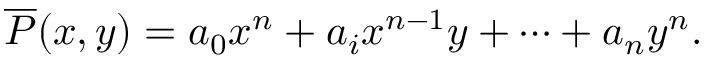
{ \overline { { P } } } ( x , y ) = a _ { 0 } x ^ { n } + a _ { i } x ^ { n - 1 } y + \cdots + a _ { n } y ^ { n } .